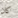
كان